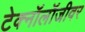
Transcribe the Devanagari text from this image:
टेक्नॉलॉजीवर